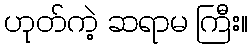
ဟုတ်ကဲ့ ဆရာမ ကြီး။